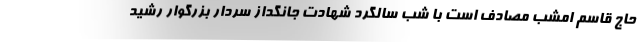
حاج قاسم امشب مصادف است با شب سالگرد شهادت جانگداز سردار بزرگوار رشید